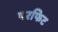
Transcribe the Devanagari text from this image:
परफिट